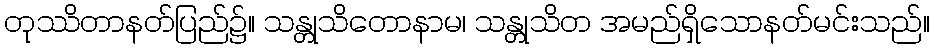
တုဿိတာနတ်ပြည်၌။ သန္တုသိတောနာမ၊ သန္တုသိတ အမည်ရှိသောနတ်မင်းသည်။